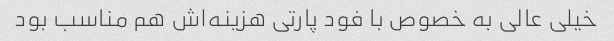
خیلی عالی به خصوص با فود پارتی هزینه‌اش هم مناسب بود